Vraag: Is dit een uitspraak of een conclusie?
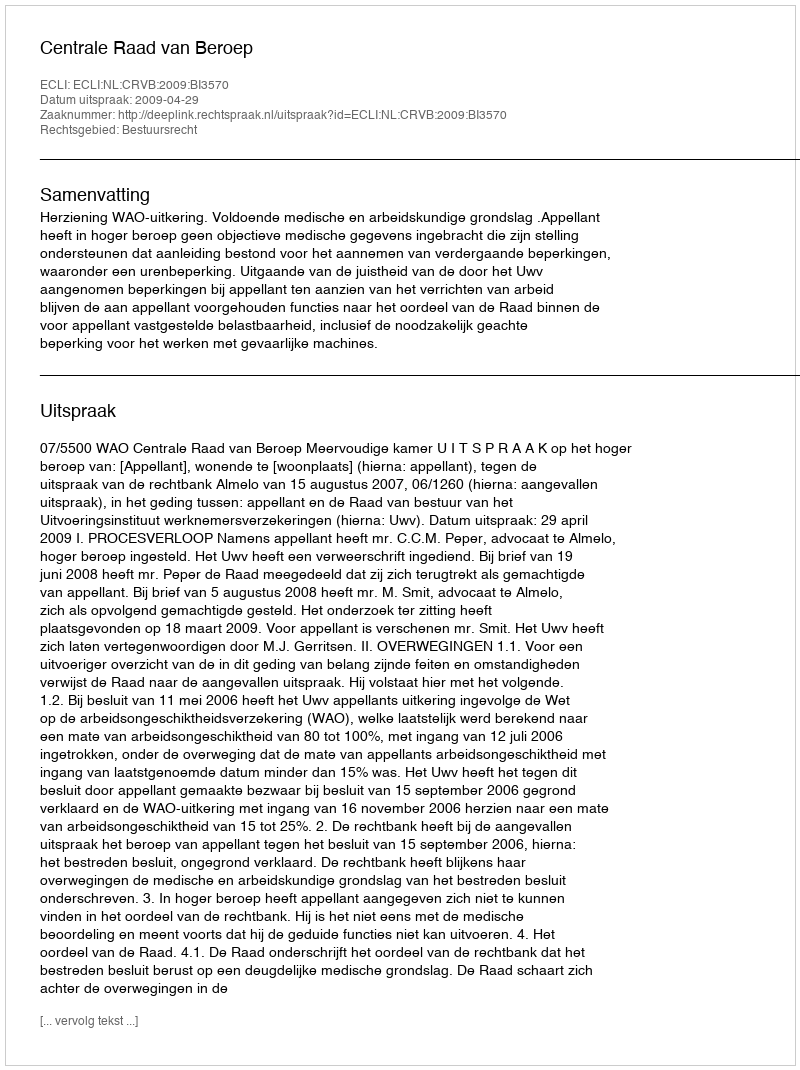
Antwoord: Uitspraak